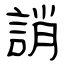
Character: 誚